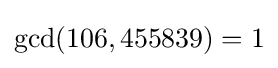
\gcd(106,455839)=1